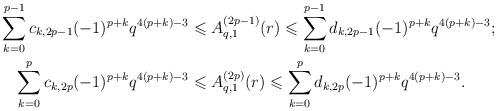
LaTeX: \begin{align*}\sum_{k=0}^{p-1} c_{k,2p-1} (-1)^{p+k} q^{4(p+k)-3}&\leqslant A_{q,1}^{(2p-1)}(r)\leqslant \sum_{k=0}^{p-1} d_{k,2p-1} (-1)^{p+k} q^{4(p+k)-3}; \\\sum_{k=0}^{p} c_{k,2p} (-1)^{p+k}q^{4(p+k)-3}&\leqslant A_{q,1}^{(2p)}(r)\leqslant \sum_{k=0}^{p} d_{k,2p} (-1)^{p+k}q^{4(p+k)-3}. \end{align*}